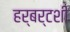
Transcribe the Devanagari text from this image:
हर्बर्टशी